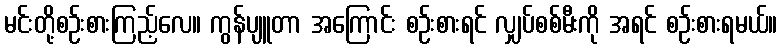
မင်းတို့စဉ်းစားကြည့်လေ။ ကွန်ပျူတာ အကြောင်း စဉ်းစားရင် လျှပ်စစ်မီးကို အရင် စဉ်းစားရမယ်။